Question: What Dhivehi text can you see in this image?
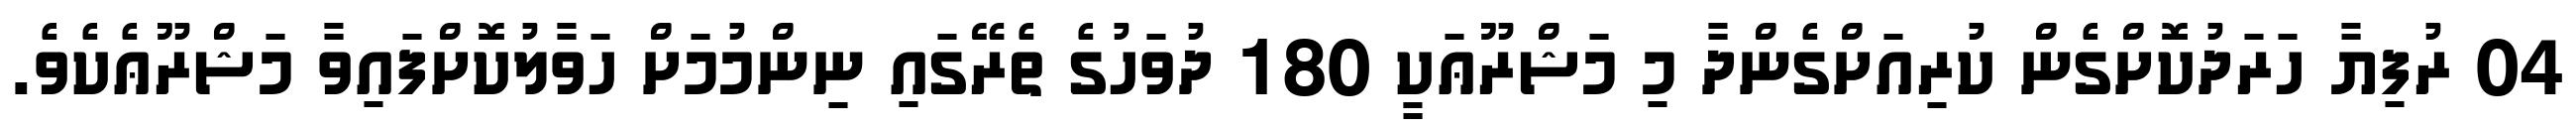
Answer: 04 ރުފިޔާ ހަރަދުކޮށްގެން ކުރިއަށްގެންދާ މި މަޝްރޫޢަކީ 180 ދުވަހުގެ ތެރޭގައި ނިންމުމަށް ހަވާލުކޮށްފައިވާ މަޝްރޫޢެކެވެ.